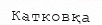
Катковқа